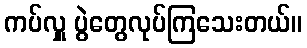
ကပ်လှူ ပွဲတွေလုပ်ကြသေးတယ်။